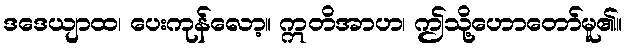
ဒဒေယျာထ၊ ပေးကုန်လော့။ ဣတိအာဟ၊ ဤသို့ဟောတော်မူ၏။